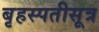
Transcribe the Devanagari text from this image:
बृहस्पतीसूत्र